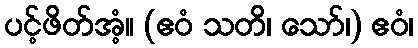
ပင့်ဖိတ်အံ့။ (ဧဝံ သတိ၊ သော်၊) ဧဝံ၊